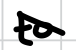
Text: to
Cross-out: diagonal
Writing tool: digital_black